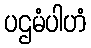
ပဌမံပါဟံ